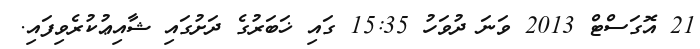
21 އޮގަސްޓް 2013 ވަނަ ދުވަހު 15:35 ގައި ޚަބަރުގެ ދަށުގައި ޝާއިޢުކުރެވިފައި.